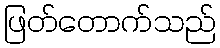
ဖြတ်တောက်သည်